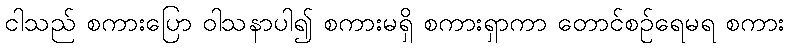
ငါသည် စကားပြော ဝါသနာပါ၍ စကားမရှိ စကားရှာကာ တောင်စဉ်ရေမရ စကား